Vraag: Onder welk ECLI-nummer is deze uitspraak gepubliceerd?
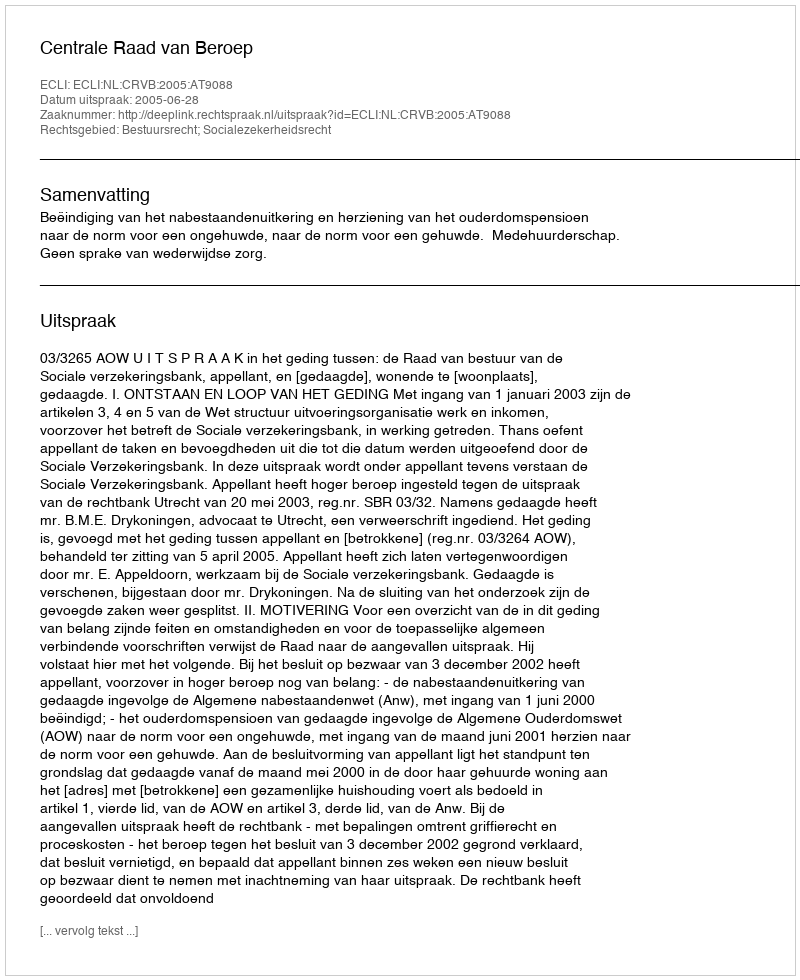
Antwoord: ECLI:NL:CRVB:2005:AT9088